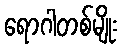
ရောဂါတစ်မျိုး